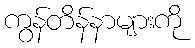
ကွန်တိန်နာများကို